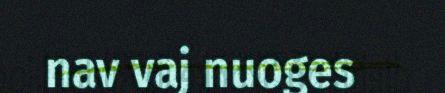
nav vaj nuoges